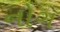
નોગ